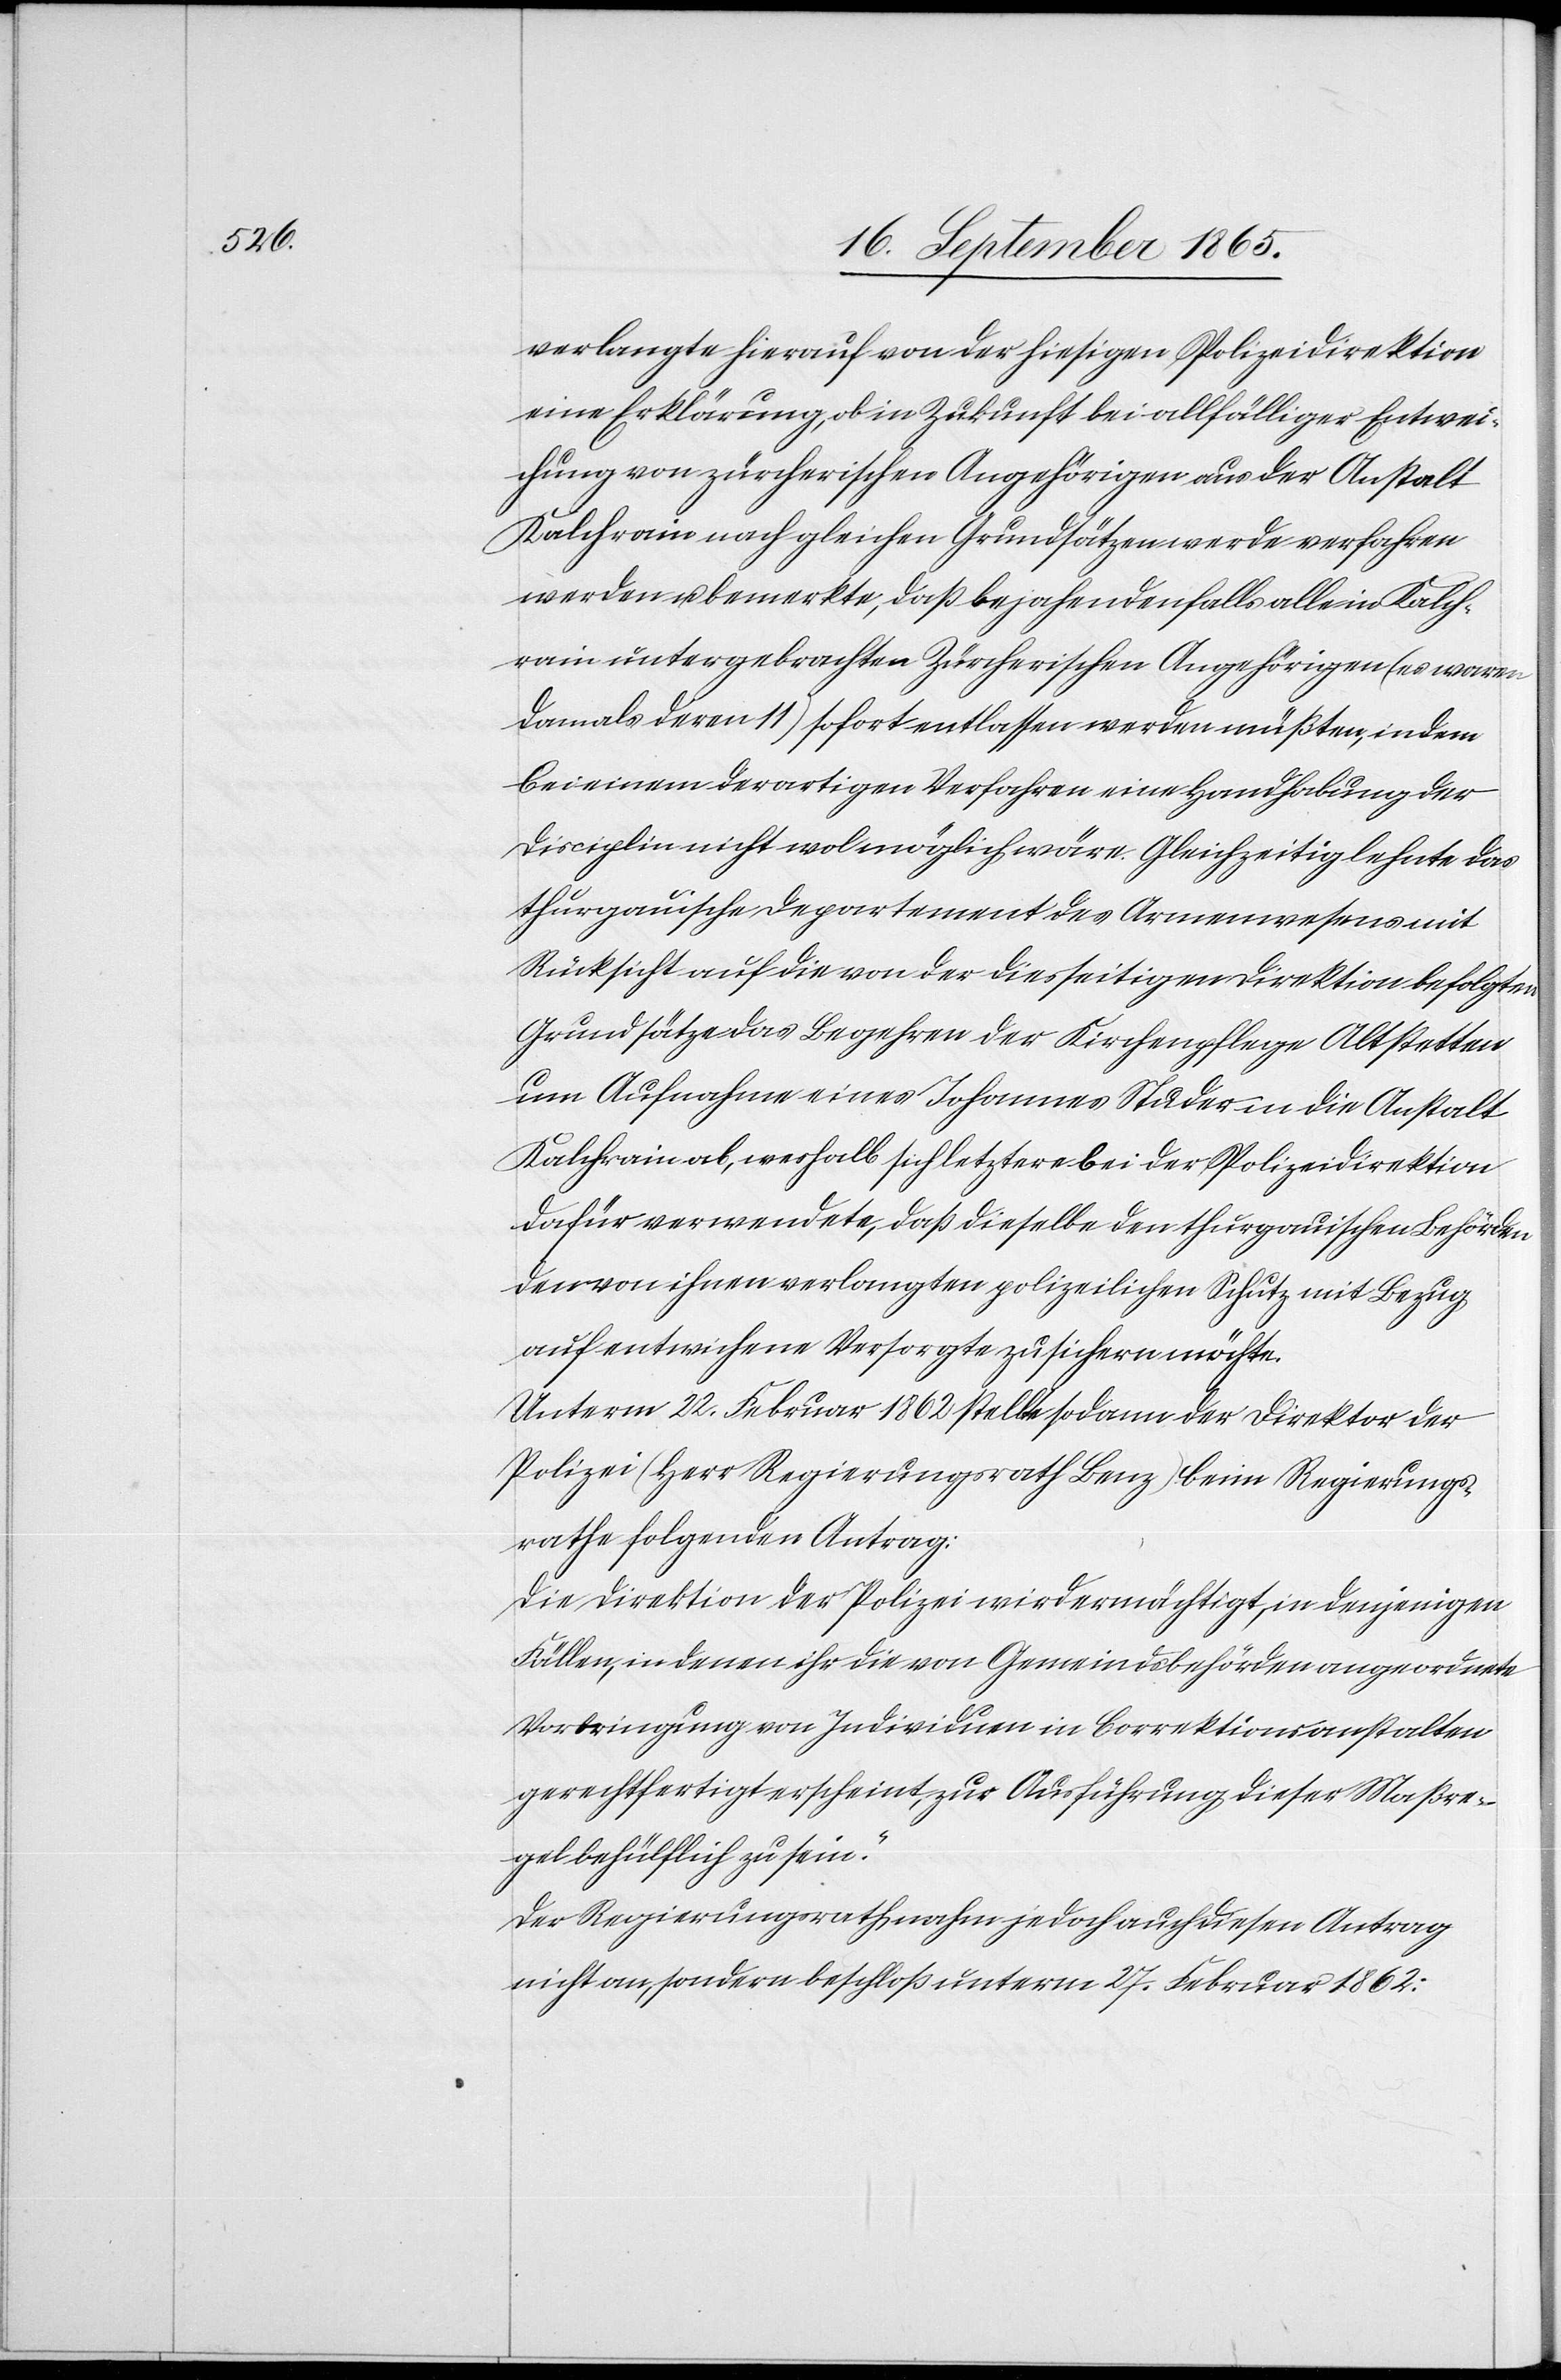
verlangte hierauf von der hiesigen Polizeidirektion
eine Erklärung, ob in Zukunft bei allfälliger Entwei¬
chung von zürcherischen Angehörigen aus der Anstalt
Kalchrain nach gleichen Grundsätzen werde verfahren
werden u. bemerkte, daß bejahendenfalls alle in Kalch¬
rain untergebrachten Zürcherischen Angehörigen (es waren
damals deren 11) sofort entlassen werden müßten, indem
bei einem derartigen Verfahren eine Handhabung der
Disciplin nicht wol möglich wäre. Gleichzeitig lehnte das
thurgauische Departement des Armenwesens mit
Rücksicht auf die von der diesseitigen Direktion befolgten
Grundsätze das Begehren der Kirchenpflege Altstetten
um Aufnahme eines Johannes Studer in die Anstalt
Kalchrain ab, weshalb sich letztere bei der Polizeidirektion
dafür verwendete, daß dieselbe den thurgauischen Behörden
den von ihnen verlangten polizeilichen Schutz mit Bezug
auf entwichene Versorgte zusichern möchte.
Unterm 20. Februar 1862 stellte sodann der Direktor der
Polizei (Herr Regierungsrath Benz) beim Regierungs¬
rathe folgenden Antrag:
Die Direktion der Polizei wird ermächtigt, in denjenigen
Fällen, in denen ihr die von Gemeindsbehörden angeordneten
Vorbringung von Individuen in Correktionsanstalten
gerechtfertigt erscheint, zur Ausführung dieser Maßre¬
gel behülflich zu sein.
Der Regierungsrath nahm jedoch auch diesen Antrag
nicht an, sondern beschloß unterm 27. Februar 1862.